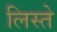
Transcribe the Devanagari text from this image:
लिस्ते